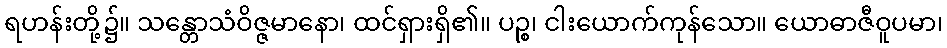
ရဟန်းတို့၌။ သန္တောသံဝိဇ္ဇမာနော၊ ထင်ရှားရှိ၏။ ပဉ္စ၊ ငါးယောက်ကုန်သော။ ယောဓာဇီဝူပမာ၊